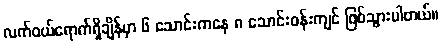
လက်ဝယ်ရောက်ရှိချိန်မှာ ၆ သောင်းကနေ ၈ သောင်းဝန်းကျင် ဖြစ်သွားပါတယ်။